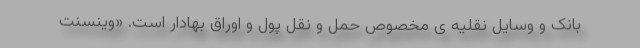
بانک و وسایل نقلیه ی مخصوص حمل و نقل پول و اوراق بهادار است. «وینسنت